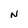
Character: N